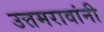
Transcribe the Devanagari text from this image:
उत्तमरावांनी